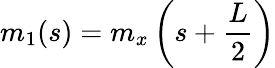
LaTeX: m_{1}(s)=m_{x}\left(s+\frac{L}{2}\right)